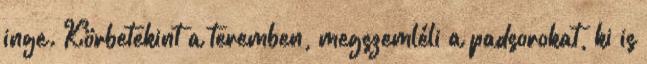
inge. Körbetekint a teremben, megszemléli a padsorokat, ki is